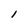
Character: l